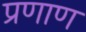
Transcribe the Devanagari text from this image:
प्रणाण